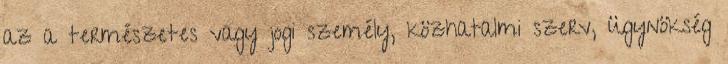
az a természetes vagy jogi személy, közhatalmi szerv, ügynökség